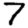
Digit: 7